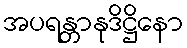
အပရန္တာနုဒိဋ္ဌိနော